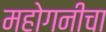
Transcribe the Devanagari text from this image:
महोगनीचा